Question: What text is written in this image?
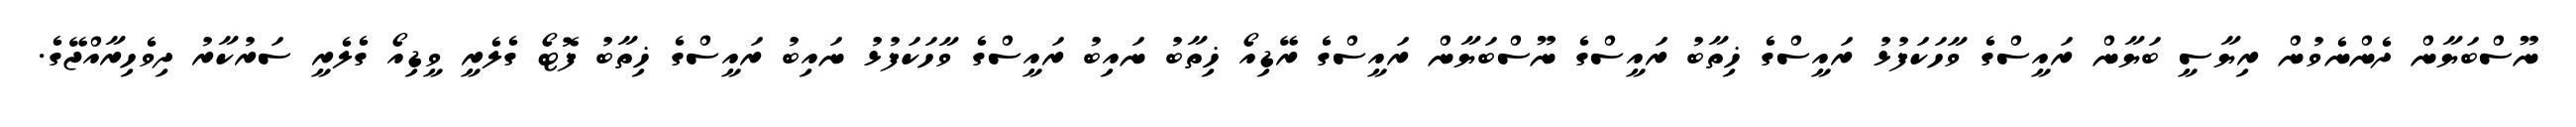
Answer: ނޫސްބަޔާން ދެންނެވުން ރިޔާސީ ބަޔާން ރައީސްގެ ވާހަކަފުޅު ރައީސްގެ ޚިތާބު ރައީސްގެ ނޫސްބަޔާން ރައީސްގެ ރޭޑިއޯ ޚިތާބު ނައިބު ރައީސްގެ ވާހަކަފުޅު ނައިބު ރައީސްގެ ޚިތާބު ފޮޓޯ ގެލެރީ ވީޑިއޯ ގެލެރީ ސަރުކާރު ދިވެހިރާއްޖޭގެ.